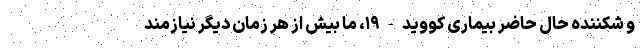
و شکننده حال حاضر بیماری کووید-۱۹، ما بیش از هر زمان دیگر نیازمند